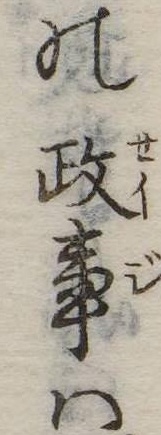
の政事は